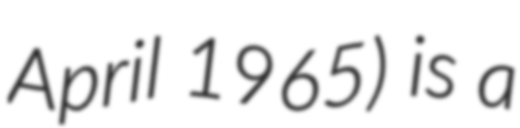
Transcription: April 1965) is a